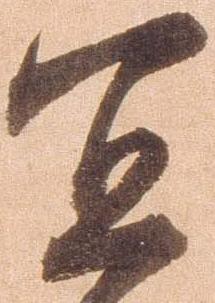
冝